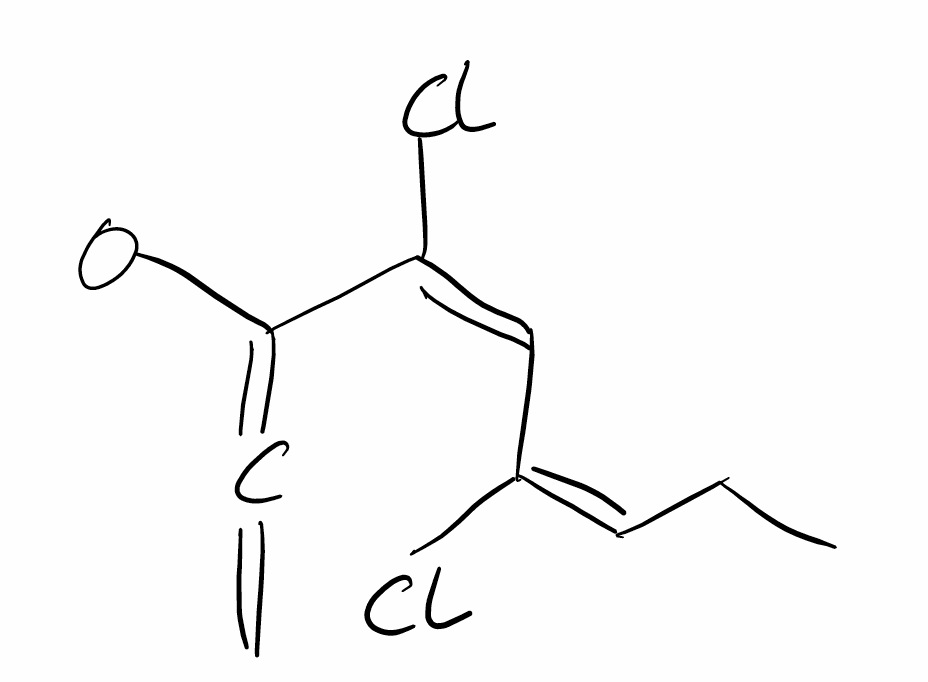
Simplified molecular-input line-entry system (SMILES) notation of the given molecule:
CC/C=C(\C=C(/C(=C=C)OC)\Cl)/Cl